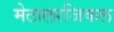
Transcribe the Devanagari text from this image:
मेटालरजिकल